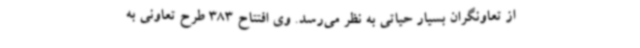
از تعاونگران بسیار حیاتی به نظر می‌رسد. وی افتتاح 383 طرح تعاونی به